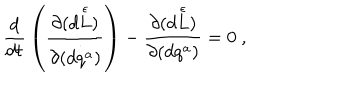
{ \frac { d } { d t } } \left( { \frac { \partial { ( d { \stackrel { \epsilon } { L } } ) } } { \partial { ( \stackrel { \cdot } { d q ^ { a } } } ) } } \right) - { \frac { \partial { ( d { \stackrel { \epsilon } { L } } ) } } { \partial { ( d q ^ { a } ) } } } = 0 \ ,